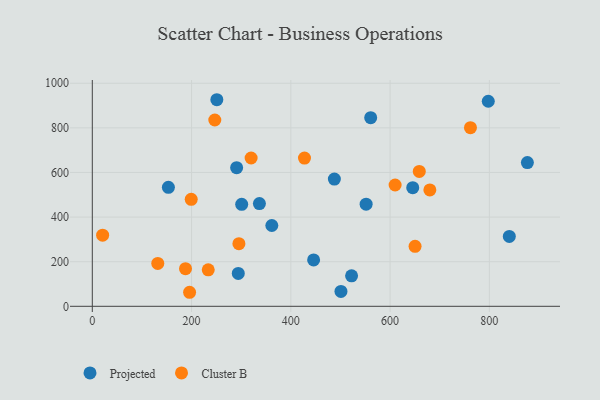
{"axis": {"x": "Ad Spend", "y": "Profit"}, "legend": ["Cluster B", "Projected"], "data": [{"x": "560.9", "y": 845.8, "type": "Projected"}, {"x": "153.3", "y": 533.3, "type": "Projected"}, {"x": "301.0", "y": 457.1, "type": "Projected"}, {"x": "551.7", "y": 457.9, "type": "Projected"}, {"x": "487.7", "y": 570.4, "type": "Projected"}, {"x": "501.0", "y": 66.6, "type": "Projected"}, {"x": "876.6", "y": 644.2, "type": "Projected"}, {"x": "250.9", "y": 926.1, "type": "Projected"}, {"x": "797.8", "y": 919.3, "type": "Projected"}, {"x": "290.8", "y": 621.7, "type": "Projected"}, {"x": "294.1", "y": 147.5, "type": "Projected"}, {"x": "840.2", "y": 313.1, "type": "Projected"}, {"x": "645.6", "y": 531.6, "type": "Projected"}, {"x": "522.4", "y": 136.5, "type": "Projected"}, {"x": "361.7", "y": 362.2, "type": "Projected"}, {"x": "445.9", "y": 208.1, "type": "Projected"}, {"x": "336.7", "y": 460.6, "type": "Projected"}, {"x": "680.1", "y": 521.6, "type": "Cluster B"}, {"x": "199.3", "y": 479.8, "type": "Cluster B"}, {"x": "761.9", "y": 800.6, "type": "Cluster B"}, {"x": "196.0", "y": 62.9, "type": "Cluster B"}, {"x": "427.5", "y": 664.5, "type": "Cluster B"}, {"x": "650.3", "y": 268.8, "type": "Cluster B"}, {"x": "131.9", "y": 192.2, "type": "Cluster B"}, {"x": "320.0", "y": 664.8, "type": "Cluster B"}, {"x": "610.1", "y": 543.8, "type": "Cluster B"}, {"x": "187.8", "y": 168.9, "type": "Cluster B"}, {"x": "20.8", "y": 318.7, "type": "Cluster B"}, {"x": "246.8", "y": 835.1, "type": "Cluster B"}, {"x": "295.4", "y": 280.9, "type": "Cluster B"}, {"x": "233.6", "y": 163.7, "type": "Cluster B"}, {"x": "658.8", "y": 604.8, "type": "Cluster B"}]}